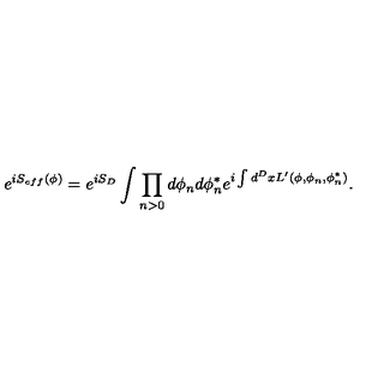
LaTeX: e ^ { i S _ { e f f } ( \phi ) } = e ^ { i S _ { D } } \int \prod _ { n > 0 } d \phi _ { n } d \phi _ { n } ^ { * } e ^ { i \int d ^ { D } x L ^ { \prime } ( \phi , \phi _ { n } , \phi _ { n } ^ { * } ) } .